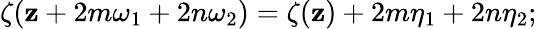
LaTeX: \zeta(\mathbf{z}+2m\omega_{1}+2n\omega_{2})=\zeta(\mathbf{z})+2m\eta_{1}+2n\eta_{2};